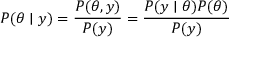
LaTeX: P ( \theta \mid y ) = { \frac { P ( \theta , y ) } { P ( y ) } } = { \frac { P ( y \mid \theta ) P ( \theta ) } { P ( y ) } }